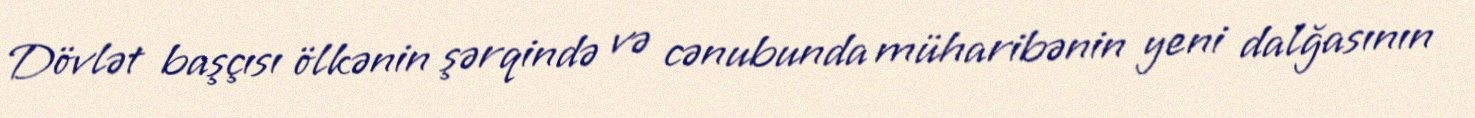
Dövlət başçısı ölkənin şərqində və cənubunda müharibənin yeni dalğasının